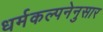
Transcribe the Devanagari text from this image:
धर्मकल्पनेनुसार